Report of the Bombay Veterinary College
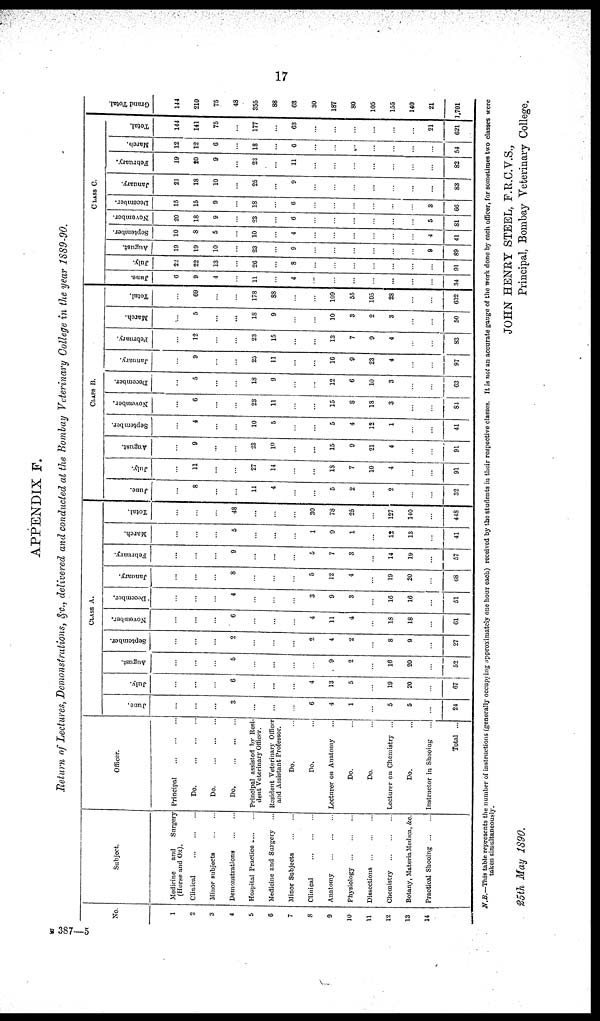
17
APPENDIX F.
Return of Lectures, Demonstrations, &c., delivered and conducted at the Bombay Veterinary College in the year 1889-90.
No.
1
2
3
4
5
6
7
8
9
10
11
12
13
14
Subject.
Medicine
and
Surgery
(Horse and Ox).
Clinical
...
...
Minor subjects
...
...
Demonstrations
...
...
Hospital Practice
...
...
Medicine and Surgery
Minor Subjects
...
...
Clinical
...
...
Anatomy
...
...
Physiology...
...
Dissections
...
...
Chemistry
...
...
Botany, Materia Medica, &c.
Practical
Shooing...
...
Officer.
Principal
...
...
Do...
...
Do...
...
Do...
...
Principal assisted by Resi-
dent Veterinary Officer.
Resident Veterinary Officer
and Assistant Professor.
Do.
Do.
Lecturer on Anatomy
Do.
Do.
Lecturer on Chemistry ...
Do.
Instructor in Shooing
Total ...
CLASS
A.
June.
...
...
...
3
...
...
...
6
4
1
...
5
5
...
24
July.
...
...
6
...
...
...
4
13
5
...
19
20
...
67
August.
...
...
...
5
...
...
...
...
9
2
...
16
20
...
52
September.
...
...
...
2
...
...
...
2
4
2
...
8
9
...
27
November.
...
...
...
6
...
...
...
4
11
4
...
18
18
...
61
December.
...
...
...
4
...
...
...
3
9
3
...
16
16
...
51
January.
...
...
...
8
...
...
...
5
12
4
...
19
20
...
68
February
...
...
...
9
...
...
...
5
7
3
...
14
19
...
57
March.
...
...
...
5
...
...
...
1
9
1
...
12
13
...
41
Total.
...
...
....
48
...
...
...
30
78
25
...
127
140
...
448
CLASS
B.
June.
...
8
...
11
4
...
....
5
2
...
2
...
...
32
July.
...
11
...
27
14
...
...
18
7
10
4
...
...
91
August.
...
9
...
23
10
...
...
15
9
21
4
...
...
91
September.
...
4
...
...
10
5
...
...
5
4
12
1
...
...
41
November.
...
6
...
23
11
...
...
15
8
18
3
...
...
84
December
...
5
...
...
18
9
...
...
12
6
10
3
...
...
63
January.
...
9
...
...
25
11
...
...
16
9
23
4
...
...
97
February.
...
12
...
...
23
15
...
...
13
7
9
4
...
...
83
March.
...
5
...
...
18
9
...
...
10
3
2
3
...
...
50
Total.
...
69
...
...
178
88
...
...
109
55
105
28
...
...
632
CLASS
C.
June.
6
9
4
...
11
...
4
...
...
...
...
...
...
34
July.
22
22
13
...
26
...
8
...
...
...
...
...
...
91
August.
19
19
10
...
23
...
9
...
...
...
...
...
...
9
89
September
10
8
5
...
10
...
4
...
...
...
...
...
...
4
41
November.
20
18
9
...
23
...
6
...
...
...
...
...
...
5
81
December.
15
15
9
....
18
...
6
...
...
...
...
...
...
3
66
January.
21
18
10
...
25
...
9
...
...
...
...
...
...
...
83
February.
19
20
9
....
23
...
11
...
...
...
...
...
...
...
82
March.
12
12
6
...
18
...
6
...
...
...
...
...
...
...
54
Total.
144
141
75
...
177
....
63
...
...
...
...
...
...
21
621
Grand Total.
144
210
75
48
355
88
63
30
187
80
105
155
140
21
1,701
N.B.—This table represents the number of instructions (generally occupying approximately one hour each) received by the students in their respective classes. It is not an accurate gauge of the work done by each officer, for sometimes two classes were
taken simultaneously.
JOHN HENRY STEEL, F.R.C.V.S.,
25th May 1890.
Principal, Bombay Veterinary College.
B 387—5